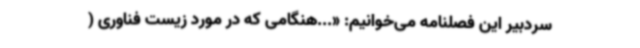
سردبیر این فصلنامه می‌خوانیم: «...هنگامی که در مورد زیست فناوری (